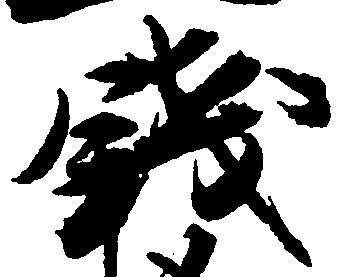
銭